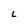
Character: L